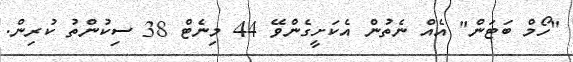
"ހޯމް ބަޓަން" އެއް ނެތުން އެކަށީގެންވޭ 44 މިނެޓް 38 ސިކުންތު ކުރިން.